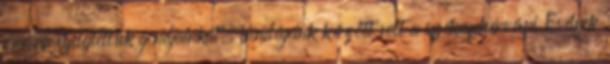
órára elfelejtettük gondjainkat. Vendégeink között volt a székesfehérvári Esélyek